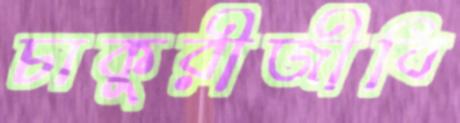
চাকুরীজীবি